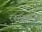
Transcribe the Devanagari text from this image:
रसप्रबन्ध